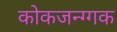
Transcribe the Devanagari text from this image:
कोकजन्ग्गक